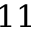
1 1